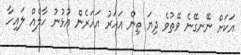
އަކަށް ނޭނގޭނެ ވޭތުވެ ދިޔަ ތިން އަހަރު އަހަރެން އުޅުނު ހާލެއް ލައިހާ